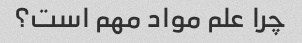
چرا علم مواد مهم است؟